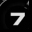
Digit: 7